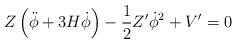
LaTeX: \begin{align*}Z \left( \ddot{\phi} + 3 H \dot{\phi} \right) - \frac{1}{2} Z^{\prime} \dot{\phi}^2 + V^{\prime} = 0\end{align*}